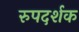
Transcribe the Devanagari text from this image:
रुपदर्शक